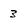
Character: 3